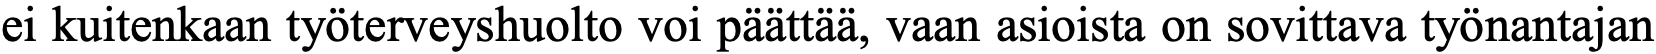
ei kuitenkaan työterveyshuolto voi päättää, vaan asioista on sovittava työnantajan